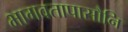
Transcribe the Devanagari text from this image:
भागवतापासौनि